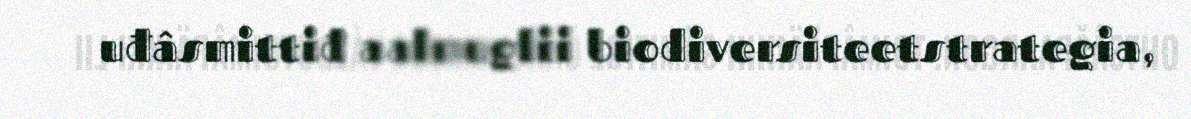
uđâsmittiđ aalmuglii biodiversiteetstrategia,